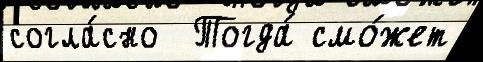
согла́сно  Тогда́ смо́жет